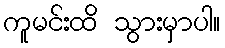
ကူမင်းထိ သွားမှာပါ။